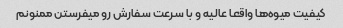
کیفیت میوه‌ها واقعا عالیه و با سرعت سفارش رو میفرستن ممنونم